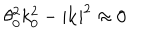
LaTeX: \theta _ { 0 } ^ { 2 } k _ { 0 } ^ { 2 } - | \mathbf { k } | ^ { 2 } \approx 0